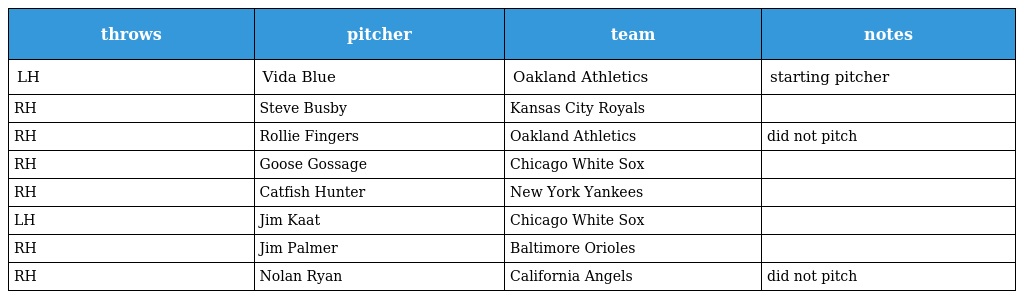
| throws | pitcher | team | notes |
 | --- | --- | --- | --- |
 | LH | Vida Blue | Oakland Athletics | starting pitcher |
 | RH | Steve Busby | Kansas City Royals |  |
 | RH | Rollie Fingers | Oakland Athletics | did not pitch |
 | RH | Goose Gossage | Chicago White Sox |  |
 | RH | Catfish Hunter | New York Yankees |  |
 | LH | Jim Kaat | Chicago White Sox |  |
 | RH | Jim Palmer | Baltimore Orioles |  |
 | RH | Nolan Ryan | California Angels | did not pitch |